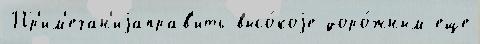
Пр'им'ечан'иjаправ'ить высо́коjе доро́жным еще